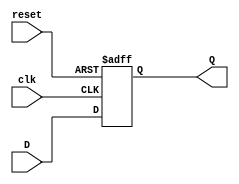
module FlipFlopRegister #(
    parameter WIDTH = 8  // Parameter to define the width of the register
)(
    input wire clk,       // Clock input
    input wire reset,     // Asynchronous reset input
    input wire [WIDTH-1:0] D, // Data input
    output reg [WIDTH-1:0] Q  // Data output
);

// Always block triggered on the rising edge of the clock or when reset is asserted
always @(posedge clk or posedge reset) begin
    if (reset) begin
        Q <= {WIDTH{1'b0}}; // Reset all bits to 0
    end else begin
        Q <= D; // Capture data on clock edge
    end
end

endmodule